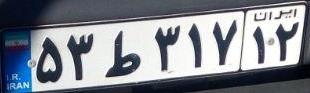
۵۳ط۳۱۷۱۲